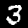
Label: 3